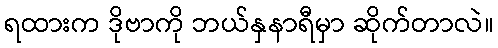
ရထားက ဒိုဗာကို ဘယ်နှနာရီမှာ ဆိုက်တာလဲ။